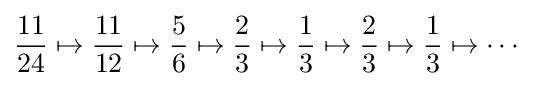
{\frac {11}{24}}\mapsto {\frac {11}{12}}\mapsto {\frac {5}{6}}\mapsto {\frac {2}{3}}\mapsto {\frac {1}{3}}\mapsto {\frac {2}{3}}\mapsto {\frac {1}{3}}\mapsto \cdots